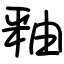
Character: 釉